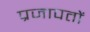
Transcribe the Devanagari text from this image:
प्रजापतों